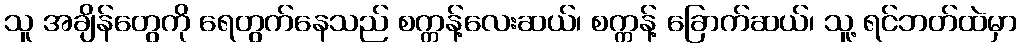
သူ အချိန်တွေကို ရေတွက်နေသည် စက္ကန့်လေးဆယ်၊ စက္ကန့် ခြောက်ဆယ်၊ သူ့ ရင်ဘတ်ထဲမှာ